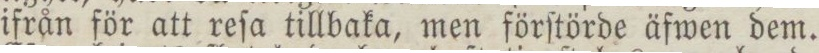
ifrån för att reſa tillbaka, men förſtörde äfwen dem.